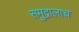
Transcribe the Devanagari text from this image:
समुद्रालाच